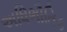
અધિભૌતિક